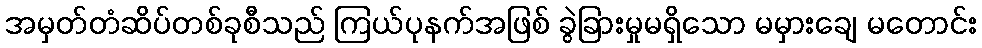
အမှတ်တံဆိပ်တစ်ခုစီသည် ကြယ်ပုနက်အဖြစ် ခွဲခြားမှုမရှိသော မမှားချေ မတောင်း